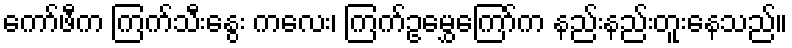
ကော်ဖီက ကြက်သီးနွေး ကလေး၊ ကြက်ဥမွှေကြော်က နည်းနည်းတူးနေသည်။